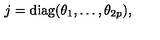
j = \mathrm { d i a g } ( \theta _ { 1 } , \ldots , \theta _ { 2 p } ) ,